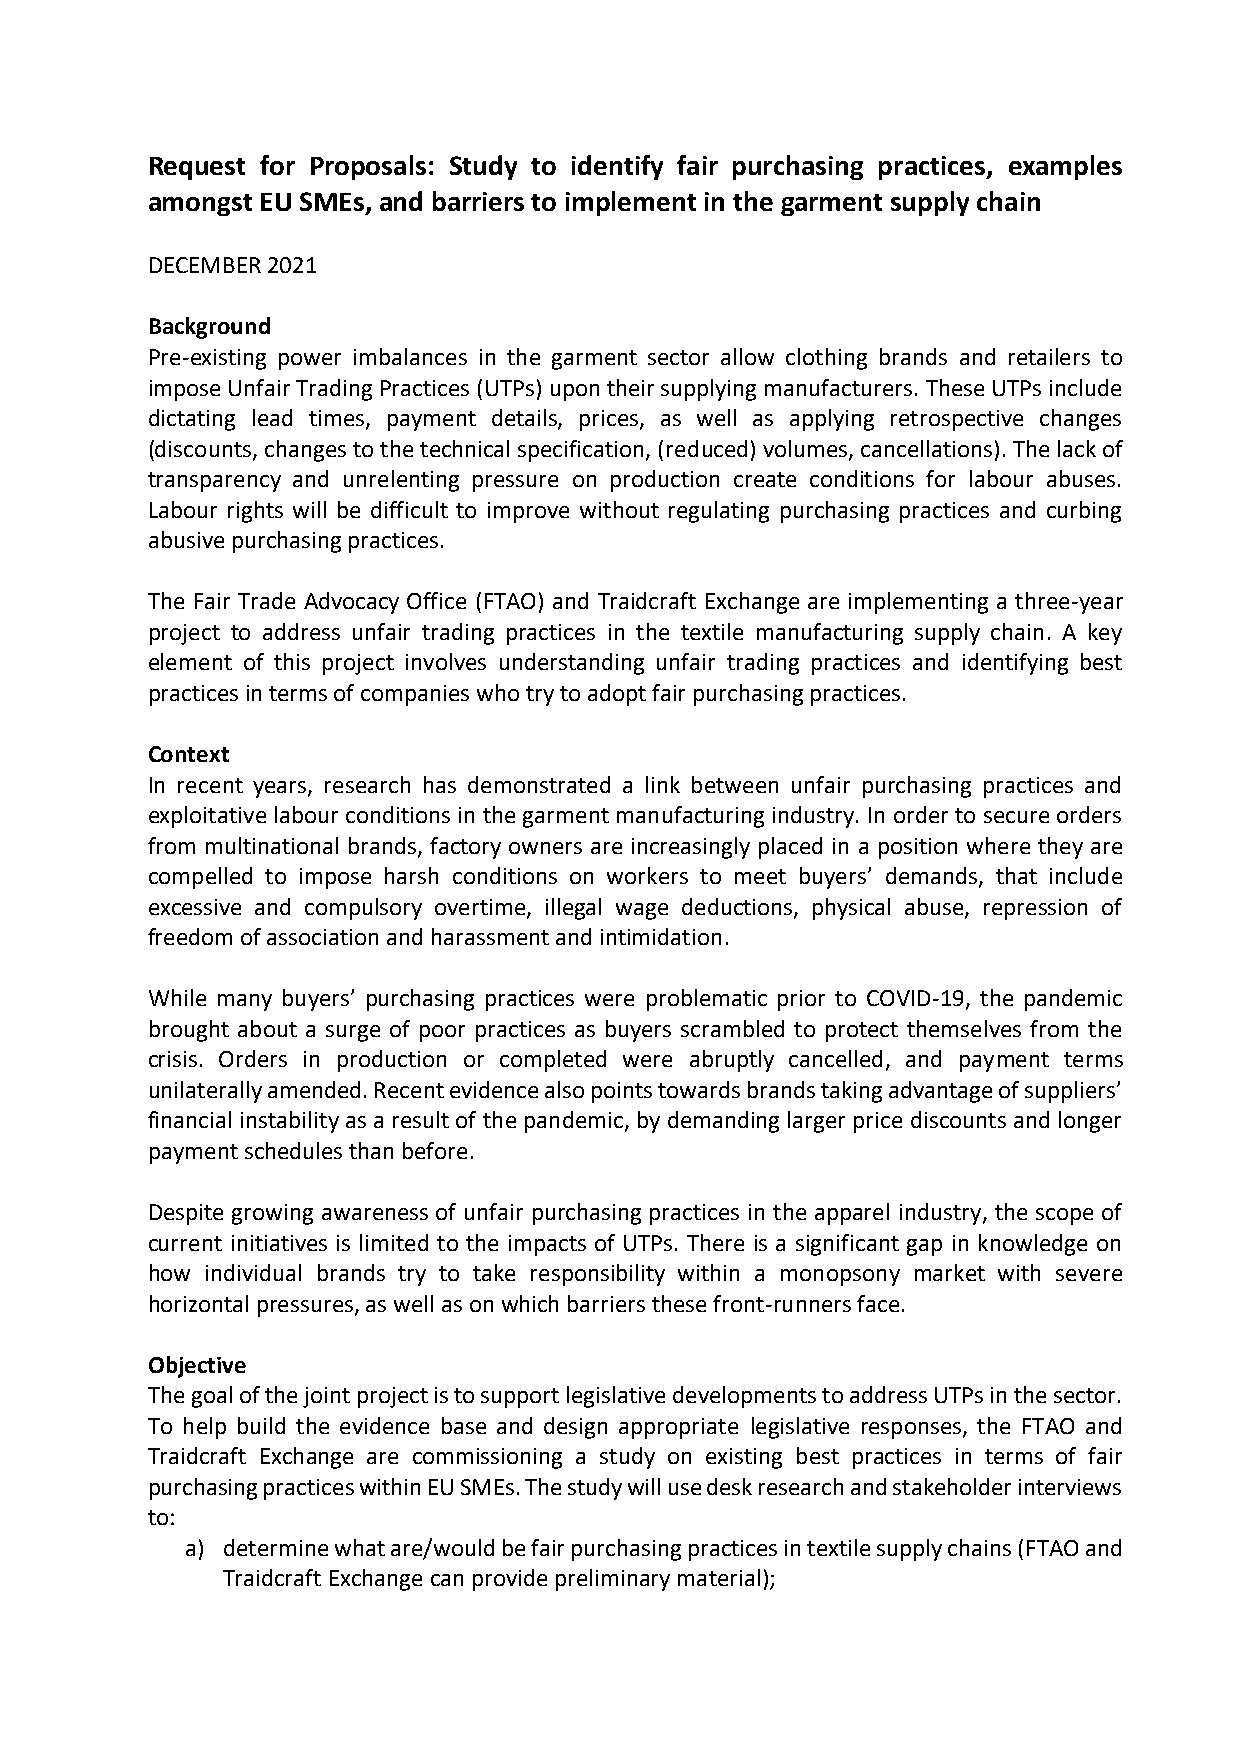
Request for Proposals: Study to identify fair purchasing practices, examples
 amongst EU SMEs, and barriers to implement in the garment supply chain
 DECEMBER 2021
 Background
 Pre-existing power imbalances in the garment sector allow clothing brands and retailers to
 impose Unfair Trading Practices (UTPs) upon their supplying manufacturers. These UTPs include
 dictating lead times, payment details, prices, as well as applying retrospective changes
 (discounts, changes to the technical specification, (reduced) volumes, cancellations). The lack of
 transparency and unrelenting pressure on production create conditions for labour abuses.
 Labour rights will be difficult to improve without regulating purchasing practices and curbing
 abusive purchasing practices.
 The Fair Trade Advocacy Office (FTAO) and Traidcraft Exchange are implementing a three-year
 project to address unfair trading practices in the textile manufacturing supply chain. A key
 element of this project involves understanding unfair trading practices and identifying best
 practices in terms of companies who try to adopt fair purchasing practices.
 Context
 In recent years, research has demonstrated a link between unfair purchasing practices and
 exploitative labour conditions in the garment manufacturing industry. In order to secure orders
 from multinational brands, factory owners are increasingly placed in a position where they are
 compelled to impose harsh conditions on workers to meet buyers’ demands, that include
 excessive and compulsory overtime, illegal wage deductions, physical abuse, repression of
 freedom of association and harassment and intimidation.
 While many buyers’ purchasing practices were problematic prior to COVID-19, the pandemic
 brought about a surge of poor practices as buyers scrambled to protect themselves from the
 crisis. Orders in production or completed were abruptly cancelled, and payment terms
 unilaterally amended. Recent evidence also points towards brands taking advantage of suppliers’
 financial instability as a result of the pandemic, by demanding larger price discounts and longer
 payment schedules than before.
 Despite growing awareness of unfair purchasing practices in the apparel industry, the scope of
 current initiatives is limited to the impacts of UTPs. There is a significant gap in knowledge on
 how individual brands try to take responsibility within a monopsony market with severe
 horizontal pressures, as well as on which barriers these front-runners face.
 Objective
 The goal of the joint project is to support legislative developments to address UTPs in the sector.
 To help build the evidence base and design appropriate legislative responses, the FTAO and
 Traidcraft Exchange are commissioning a study on existing best practices in terms of fair
 purchasing practices within EU SMEs. The study will use desk research and stakeholder interviews
 to:
 a) determine what are/would be fair purchasing practices in textile supply chains (FTAO and
 Traidcraft Exchange can provide preliminary material);